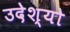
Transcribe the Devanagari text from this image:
उदेश्यो